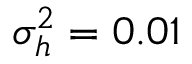
\sigma _ { h } ^ { 2 } = 0 . 0 1